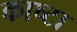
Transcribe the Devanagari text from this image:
काष्टा